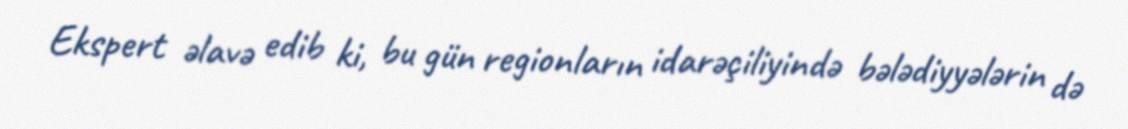
Ekspert əlavə edib ki, bu gün regionların idarəçiliyində bələdiyyələrin də